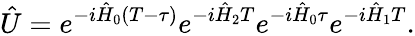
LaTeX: \hat{U}=e^{-i\hat{H}_{0}(T-\tau)}e^{-i\hat{H}_{2}T}e^{-i\hat{H}_{0}\tau}e^{-i\hat{H}_{1}T}.